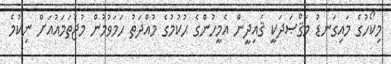
މިކޯހުގެ މައިގަނޑު މަޤްޞަދަކީ ޤައިދީން އެމީހުންގެ ޙުކުމުގެ މުއްދަތު ހަމަވުމުން މުޖުތަމައުއަށް ނިކުމެ